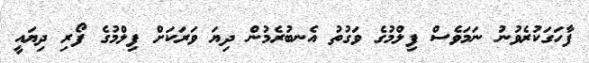
ފާހަގަކުރެވުނު ނަމަވެސް ފިލްމުގެ ވަގުތު އެނބުރެމުން ދިޔަ ވަރަކަށް ފިލްމުގެ ފޯރި ދިޔައީ